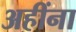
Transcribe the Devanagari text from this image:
अहींना